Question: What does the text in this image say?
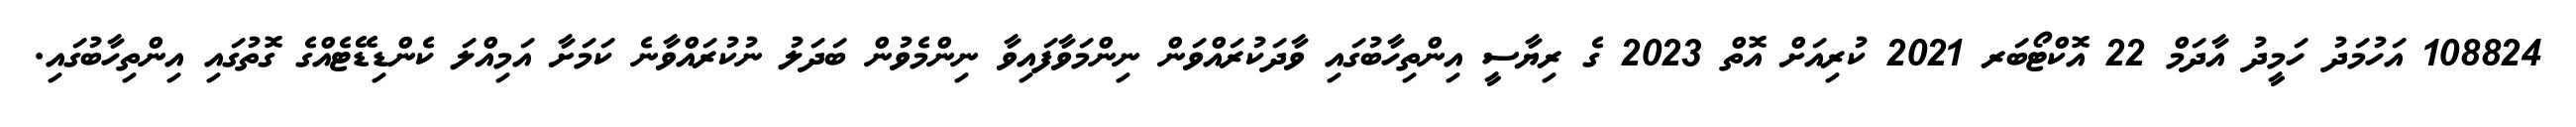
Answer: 108824 އަހުމަދު ހަމީދު އާދަމް 22 އޮކްޓޯބަރ 2021 ކުރިއަށް އޮތް 2023 ގެ ރިޔާސީ އިންތިހާބުގައި ވާދަކުރައްވަން ނިންމަވާފައިވާ ނިންމެވުން ބަދަލު ނުކުރައްވާނެ ކަމަށާ އަމިއްލަ ކެންޑިޑޭޓެއްގެ ގޮތުގައި އިންތިހާބުގައި.